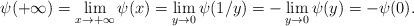
LaTeX: \begin{align*}\psi(+\infty)=\lim_{x\rightarrow+\infty}\psi(x)=\lim_{y\rightarrow0}\psi(1/y)=-\lim_{y\rightarrow0}\psi(y)=-\psi(0).\end{align*}